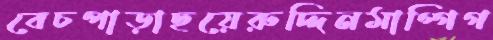
বেচপাড়াছয়েরুদ্দিনমাগ্গিগ